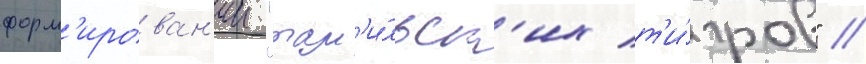
форм'ирован'ии "там'и́льск'их т'и́гров" //